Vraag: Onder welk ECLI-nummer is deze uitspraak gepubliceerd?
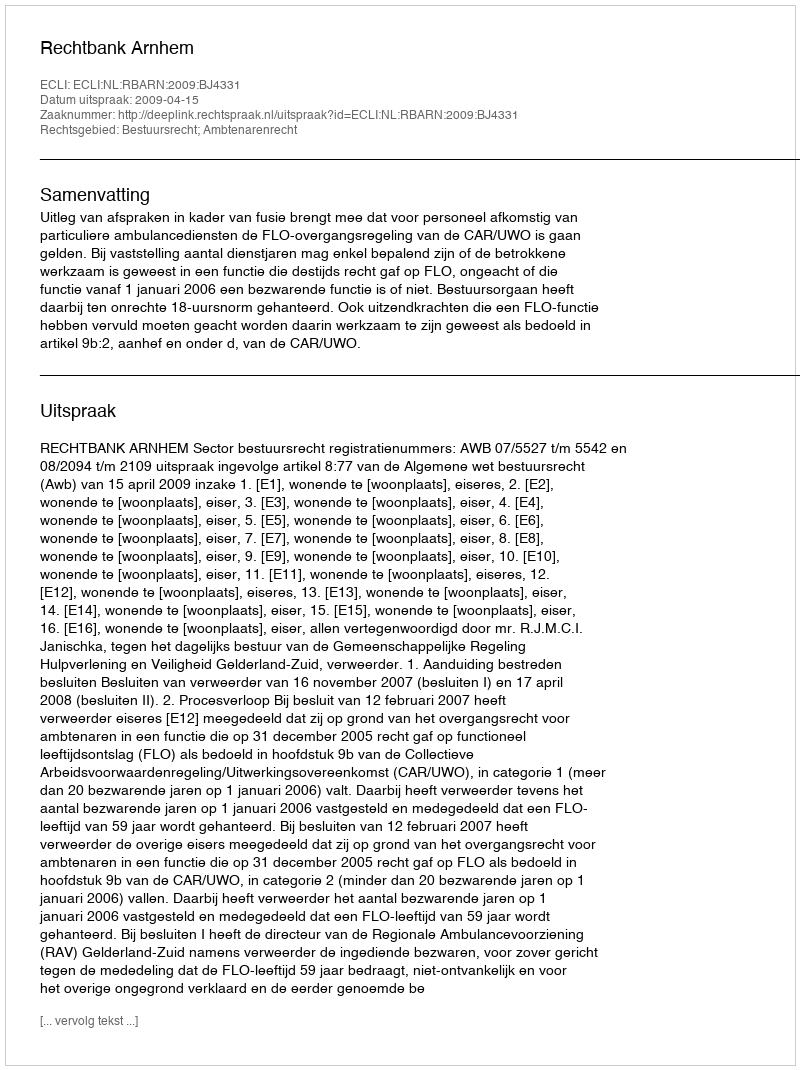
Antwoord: ECLI:NL:RBARN:2009:BJ4331